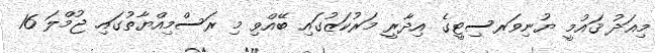
މިއަދު ޤައުމީ ޔުނިވަރސިޓީގެ އިދާރީ މަރުކަޒުގައި ބޭއްވި މި ރަސްމިއްޔާތުގައި ޖުމްލަ 16